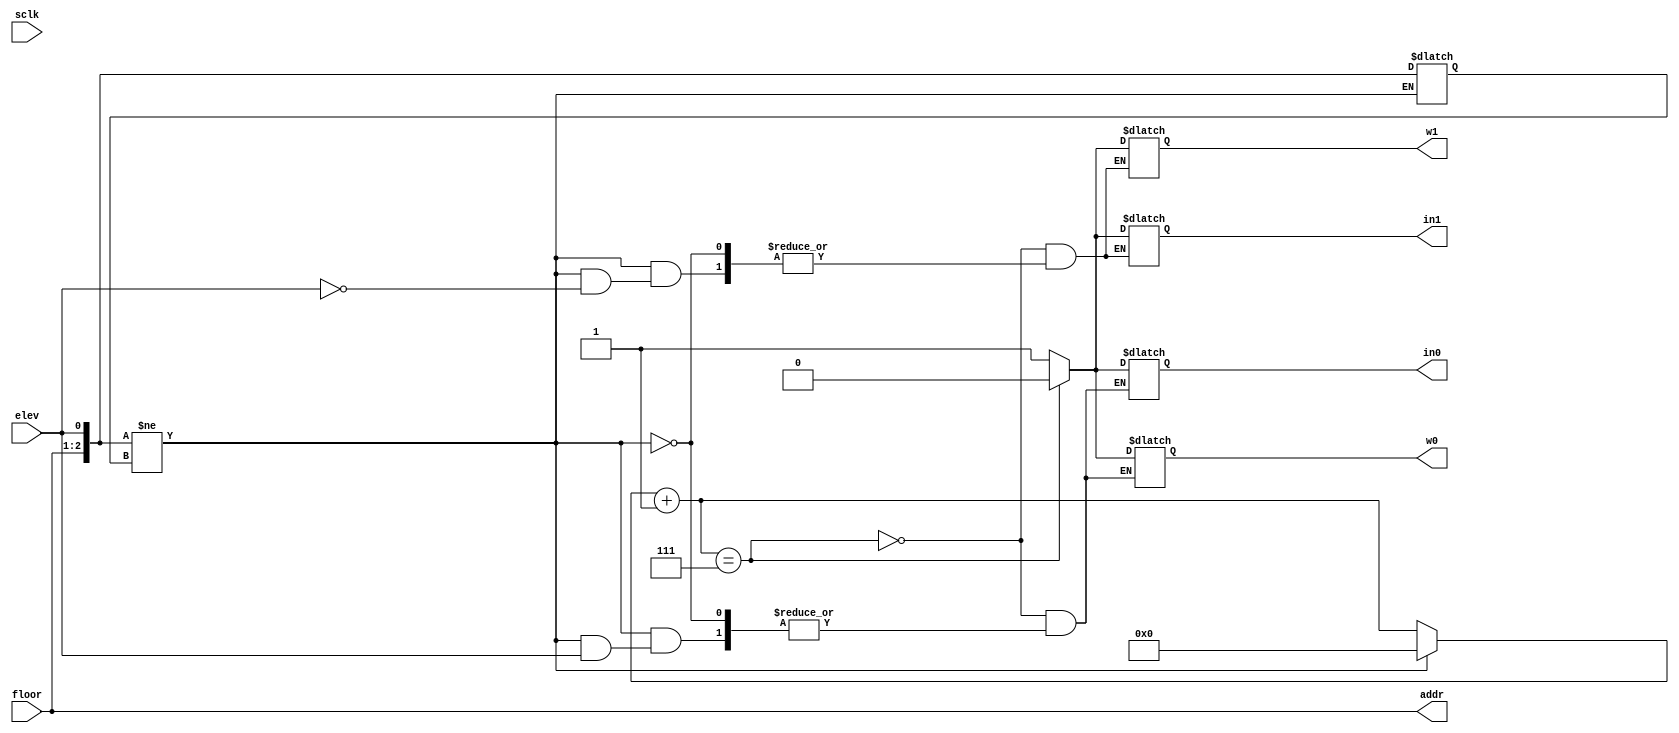
module elevator_mux(
    input sclk, //clk de un cuarto segundo
    input elev,
    input [1:0] floor,
    output reg w0,
    output reg w1,
    output reg in0,
    output reg in1,
    output reg [1:0] addr
    );
    
    reg [3:0] counter;
    wire [2:0] change = {floor,elev};
    reg [2:0] last_change;
    
    always @(change) begin
    addr = floor;
    if(change != last_change) begin
        last_change = change;
    case(elev)
        1'd0: begin
        w0 = 1;
        in0 = 1;
        counter = 0;
        end
        1'd1: begin
        w1 = 1;
        in1 = 1;
        counter = 0;
        end
    endcase
    end
    counter = counter +1;
    case(counter)
        4'd1111:begin
           w0 = 0;
           w1 = 0;
           in1 = 0;
           in0 = 0;
        end
        
    endcase
    end
endmodule